Vaccination United Provinces of Agra and Oudh 1923-1928 - 1923-1928
Year: 1923
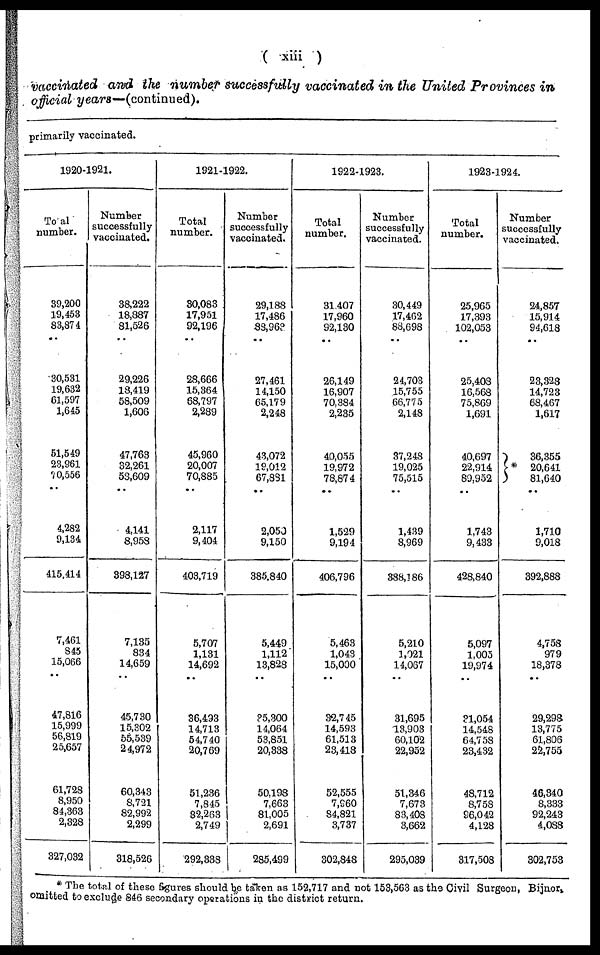
( xiii )
vaccinated and the number successfully vaccinated in the United Provinces in
official years—(continued).
primarily vaccinated.
1920-1921.
Toal
number.
39,200
19,453
83,874
..
30,531
19,632
61,597
1,615
51,549
23,961
70,556
..
4,282
9,134
415,414
7,461
845
15,066
..
47,816
15,999
56,819
25,657
61,728
8,950
84,363
2,328
327,032
Number
successfully
vaccinated.
38,222
18,887
81,526
..
29,226
18,419
58,509
1,606
47,763
32,261
53,609
..
4,141
8,958
398,127
7,135
834
14,659
..
45,730
15,302
55,539
24,972
60,343
8,721
82,992
2,299
318,526
1921-1922.
Total
number.
30,083
17,951
92,196
..
28,666
15,364
68,797
2,289
45,960
20,007
70,885
..
2,117
9,404
403,719
5,707
1,131
14,692
..
36,493
14,713
54,740
20,769
51,236
7,845
82,263
2,749
292,338
Number
successfully
vaccinated.
29,188
17,486
88,963
..
27,461
14,150
65,179
2,248
43,072
19,012
67,881
..
2,050
9,150
385,840
5,449
1,112
13,828
..
35,300
14,064
53,851
20,338
50,198
7,663
81,005
2,691
285,199
1922-1923.
Total
number.
31,407
17,960
92,130
..
26,149
16,907
70,384
2,235
40,055
19,972
78,874
..
1,529
9,194
406,796
5,463
1,043
15,000
..
32,745
14,593
61,513
23,418
52,555
7,960
84,821
3,737
302,848
Number
successfully
vaccinated.
30,449
17,462
88,698
..
24,703
15,755
66,775
2,148
37,248
19,025
75,515
..
1,439
8,969
388,186
5,210
1,021
14,067
..
31,695
13,903
60,102
22,952
51,346
7,673
83,408
3,662
295,039
1923-1924.
Total
number.
25,965
17,393
102,053
..
25,408
16,568
75,869
1,691
40,697
22,914
89,952
..
1,743
9,433
428,840
5,097
1,005
19,974
..
31,054
14,548
64,758
23,432
48,712
8,758
96,042
4,128
317,508
Number
successfully
vaccinated.
24,857
15,914
94,618
..
23,328
14,723
68,467
1,617
*
36,355
20,641
81,640
..
1,710
9,018
392,888
4,758
979
18,378
..
29,298
13,775
61,806
22,755
46,340
8,333
92,243
4,088
302,753
* The total of these figures should be taken as 152,717 and not 153,563 as the Civil Surgeon, Bijnor,
omitted to exclude 846 secondary operations in the district return.